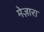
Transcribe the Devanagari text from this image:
मेज़ारा